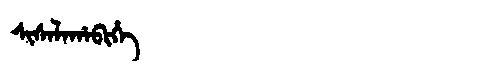
Manchu: ᠰᡳᠰᠠᠯᠠᡥᠠᠪᡳᡥᡝ
Romanization: SISALAHABIHE